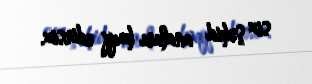
siz şəhid anaları haqq edirsiz.